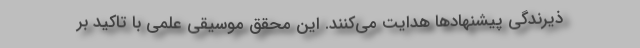
ذیرندگی پیشنهادها هدایت می‌کنند. این محقق موسیقی علمی با تاکید بر